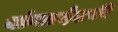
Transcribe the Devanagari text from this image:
बांग्लादेशकी